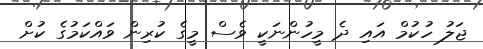
ޖަލު ހުކުމް އައި ދެ މީހުންނަކީ ވެސް މީގެ ކުރިން ވައްކަމުގެ ކުށް